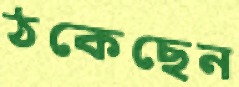
ঠকেছেন